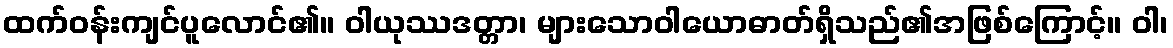
ထက်ဝန်းကျင်ပူလောင်၏။ ဝါယုဿဒတ္တာ၊ များသောဝါယောဓာတ်ရှိသည်၏အဖြစ်ကြောင့်။ ဝါ၊